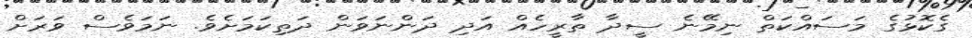
ގެކޮޅުގެ މަސައްކަތް ނިމޭނެ ސީދާ ތާރީހެއް އަދި ދަންނަވަން ދަތިކަމަށެވެ. ނަމަވެސް ވަރަށް